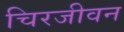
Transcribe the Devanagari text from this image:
चिरजीवन